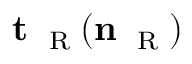
{ \bf t } _ { \mathrm { ~ \tiny ~ R ~ } } ( { \bf n } _ { \mathrm { ~ \tiny ~ R ~ } } )